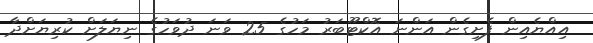
އިއްޔެއިން ފެށިގެން އަންނަ އޮކްޓޫބަރު މަހުގެ 25 ވަނަ ދުވަހުގެ ނިޔަލަށް ކުރިޔަށްދާ